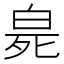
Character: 𤽨